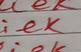
Signature authenticity: forged